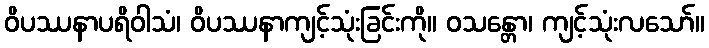
ဝိပဿနာပရိဝါသံ၊ ဝိပဿနာကျင့်သုံးခြင်းကို။ ဝသန္တော၊ ကျင့်သုံးလသော်။